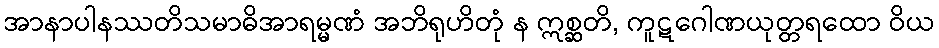
အာနာပါနဿတိသမာဓိအာရမ္မဏံ အဘိရုဟိတုံ န ဣစ္ဆတိ, ကူဋဂေါဏယုတ္တရထော ဝိယ